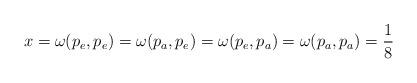
LaTeX: \begin{align*}x = \omega (p_e ,p_e )=\omega (p_a , p_e ) =\omega (p_e , p_a ) =\omega (p_a , p_a ) = \frac{1}{8}\end{align*}